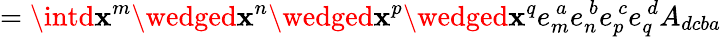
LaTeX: =\intd\mathbf{x}^{m}\wedged\mathbf{x}^{n}\wedged\mathbf{x}^{p}\wedged\mathbf{x}^{q}e_{m}^{\ a}e_{n}^{\ b}e_{p}^{\ c}e_{q}^{\ d}A_{dcba}